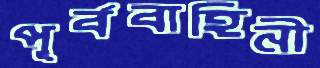
পূর্ববাহিনী